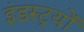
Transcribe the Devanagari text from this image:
इंडस्ट्र्यों